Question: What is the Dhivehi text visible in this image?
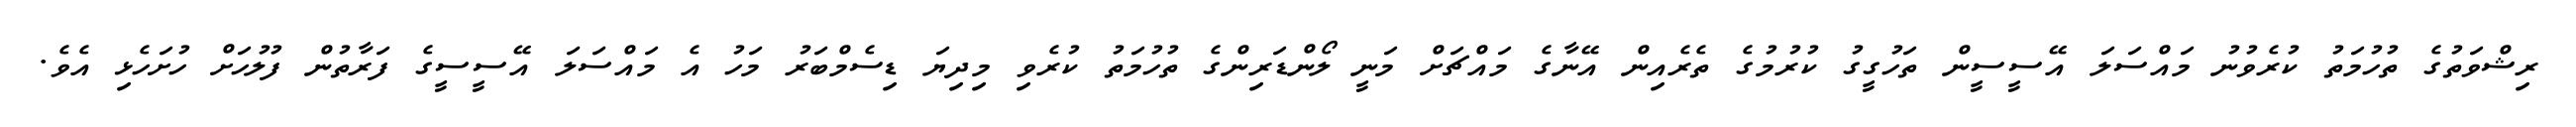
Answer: ރިޝްވަތުގެ ތުހުމަތު ކުރެވުނު މައްސަލަ އޭސީސީން ތަހުގީގު ކުރުމުގެ ތެރެއިން އޭނާގެ މައްޗަށް މަނީ ލޯންޑަރިންގެ ތުހުމަތު ކުރެވި މިދިޔަ ޑިސެމްބަރު މަހު އެ މައްސަލަ އޭސީސީގެ ފަރާތުން ފުލުހަށް ހުށަހެޅި އެވެ.